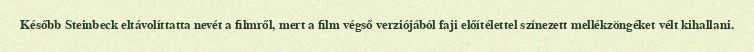
Később Steinbeck eltávolíttatta nevét a filmről, mert a film végső verziójából faji előítélettel színezett mellékzöngéket vélt kihallani.